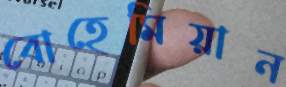
বোহেমিয়ান